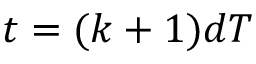
t = ( k + 1 ) d T